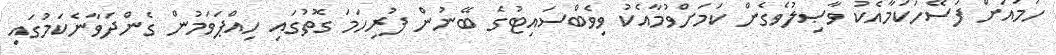
ހަމައަށް ފަސޭހަކަމާއެކު ވާޞިލުވެގެން ކަމަށްވުމާއެކު ވިވެބްސައިޓުގެ ބޭނުން ފުރިހަމަ ގޮތުގައި ހިއްޕަވަމުން ގެންދަވާނެކަމުގައި